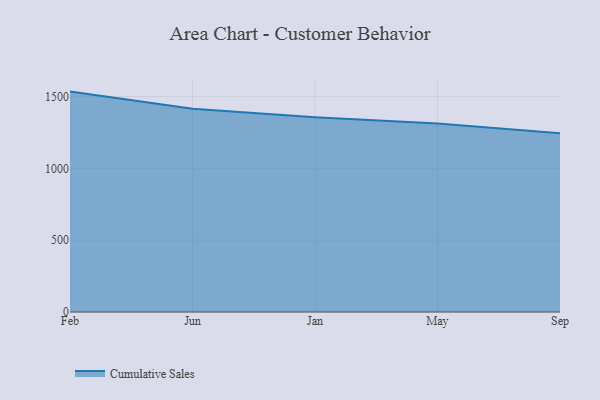
{"axis": {"x": "Month", "y": "Customer Acquisition Cost (USD)"}, "legend": ["Cumulative Sales"], "data": [{"x": "Feb", "y": 1534.8, "type": "Cumulative Sales"}, {"x": "Jun", "y": 1415.1, "type": "Cumulative Sales"}, {"x": "Jan", "y": 1357.0, "type": "Cumulative Sales"}, {"x": "May", "y": 1313.4, "type": "Cumulative Sales"}, {"x": "Sep", "y": 1244.2, "type": "Cumulative Sales"}]}